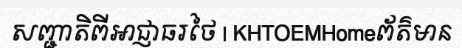
សញ្ជាតិពីអាជ្ញាធរថៃ | KHTOEMHomeព័ត៌មាន